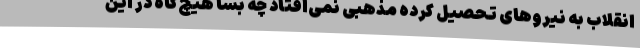
انقلاب به نیروهای تحصیل کرده مذهبی نمی‌افتاد چه بسا هیچ‌گاه در این